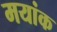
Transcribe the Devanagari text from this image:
मयांक